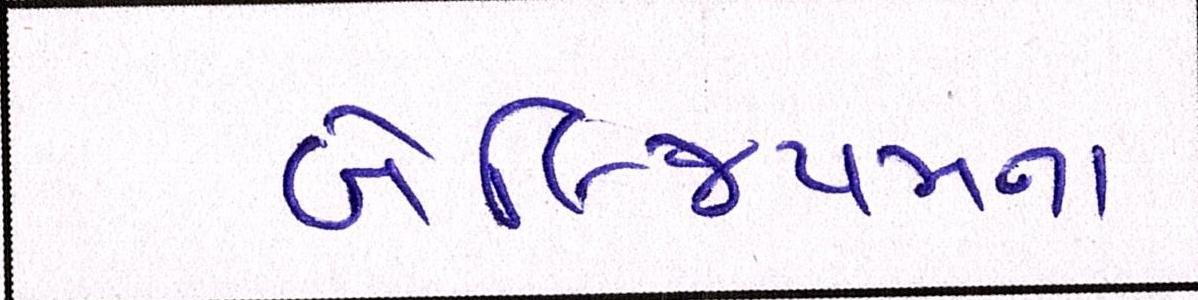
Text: બેલ્જિયમના